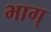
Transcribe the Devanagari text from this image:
भाग्